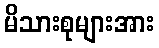
မိသားစုများအား